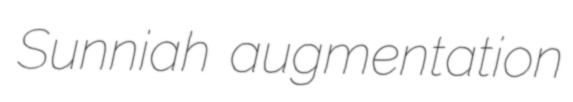
Sunniah augmentation